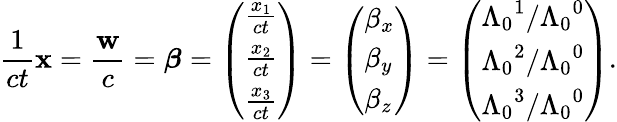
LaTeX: {\frac{1}{ct}}\mathbf{x}={\frac{\mathbf{w}}{c}}={\boldsymbol{\beta}}={\left(\begin{array}{l}{{\frac{x_{1}}{ct}}}\\ {{\frac{x_{2}}{ct}}}\\ {{\frac{x_{3}}{ct}}}\end{array}\right)}={\left(\begin{array}{l}{\beta_{x}}\\ {\beta_{y}}\\ {\beta_{z}}\end{array}\right)}={\left(\begin{array}{l}{{\Lambda_{0}}^{1}/{\Lambda_{0}}^{0}}\\ {{\Lambda_{0}}^{2}/{\Lambda_{0}}^{0}}\\ {{\Lambda_{0}}^{3}/{\Lambda_{0}}^{0}}\end{array}\right)}.